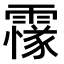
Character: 𩅫